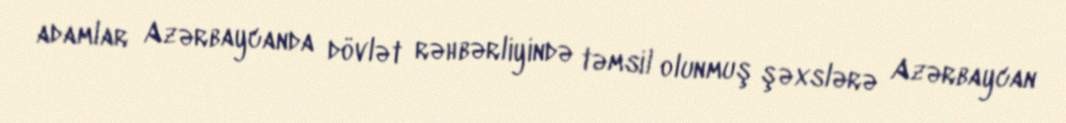
adamlar Azərbaycanda dövlət rəhbərliyində təmsil olunmuş şəxslərə Azərbaycan